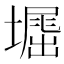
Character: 𡑥